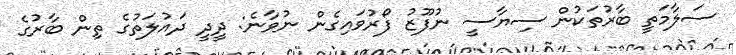
ސަލާމަތީ ބާރުތަކުން ސިޔާސީ ނުފޫޒު ފޯރުވައިގެން ނުވާނެ: ދީދީ ދައުލަތުގެ ތިން ބާރުގެ